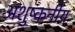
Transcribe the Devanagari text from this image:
अशुष्कनीय